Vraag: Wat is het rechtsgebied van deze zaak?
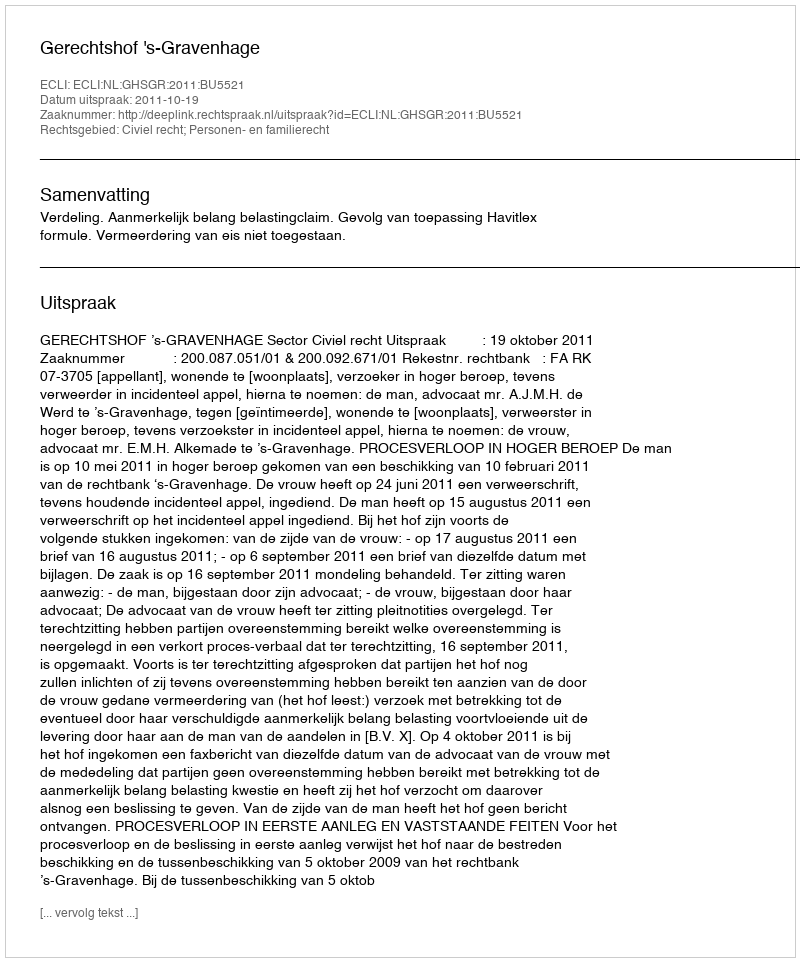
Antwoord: Civiel recht; Personen- en familierecht